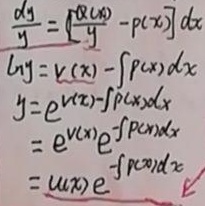
\[\begin{align*}
\frac{dy}{y}&=(\frac{Q(x)}{y}-P(x))dx\\
\ln y&=v(x)-\int P(x)dx\\
y&=e^{v(x)-\int P(x)dx}\\
&=e^{v(x)}e^{-\int P(x)dx}\\
&=u(x)e^{-\int P(x)dx}
\end{align*}\]